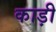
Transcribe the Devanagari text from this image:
काड़ी